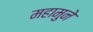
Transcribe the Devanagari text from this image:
महामुने